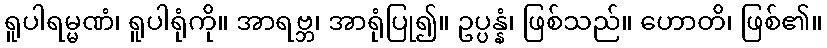
ရူပါရမ္မဏံ၊ ရူပါရုံကို။ အာရဗ္ဘ၊ အာရုံပြု၍။ ဥပ္ပန္နံ၊ ဖြစ်သည်။ ဟောတိ၊ ဖြစ်၏။